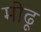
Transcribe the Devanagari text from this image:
मोढू